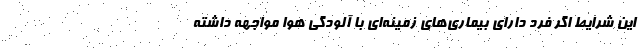
این شرایط اگر فرد دارای بیماری‌های زمینه‌ای با آلودگی هوا مواجهه داشته